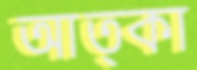
আত্কা